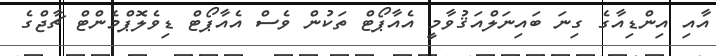
އާއި އިންޑިއާގެ ގިނަ ބައިނަލްއަޤުވާމީ އެއާޕޯޓް ތަކުން ވެސް އެއާޕޯޓް ޑިވެލޮޕްމެންޓް ޗާޖްގެ